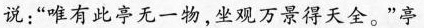
说：”唯有此亭无一物，坐观万景得天全。”亭